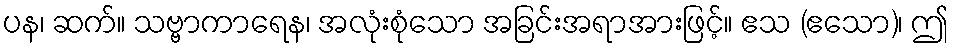
ပန၊ ဆက်။ သဗ္ဗာကာရေန၊ အလုံးစုံသော အခြင်းအရာအားဖြင့်။ ဧသ (ဧသော)၊ ဤ